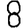
Digit: 8